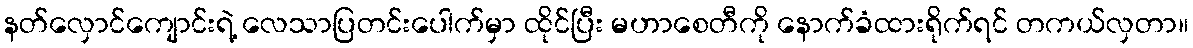
နတ်လှောင်ကျောင်းရဲ့ လေသာပြတင်းပေါက်မှာ ထိုင်ပြီး မဟာစေတီကို နောက်ခံထားရိုက်ရင် တကယ်လှတာ။